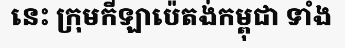
នេះ ក្រុមកីឡាប៉េតង់កម្ពុជា ទាំង